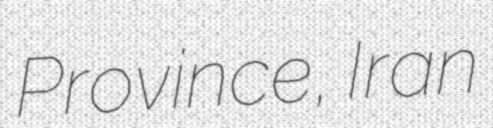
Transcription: Province, Iran